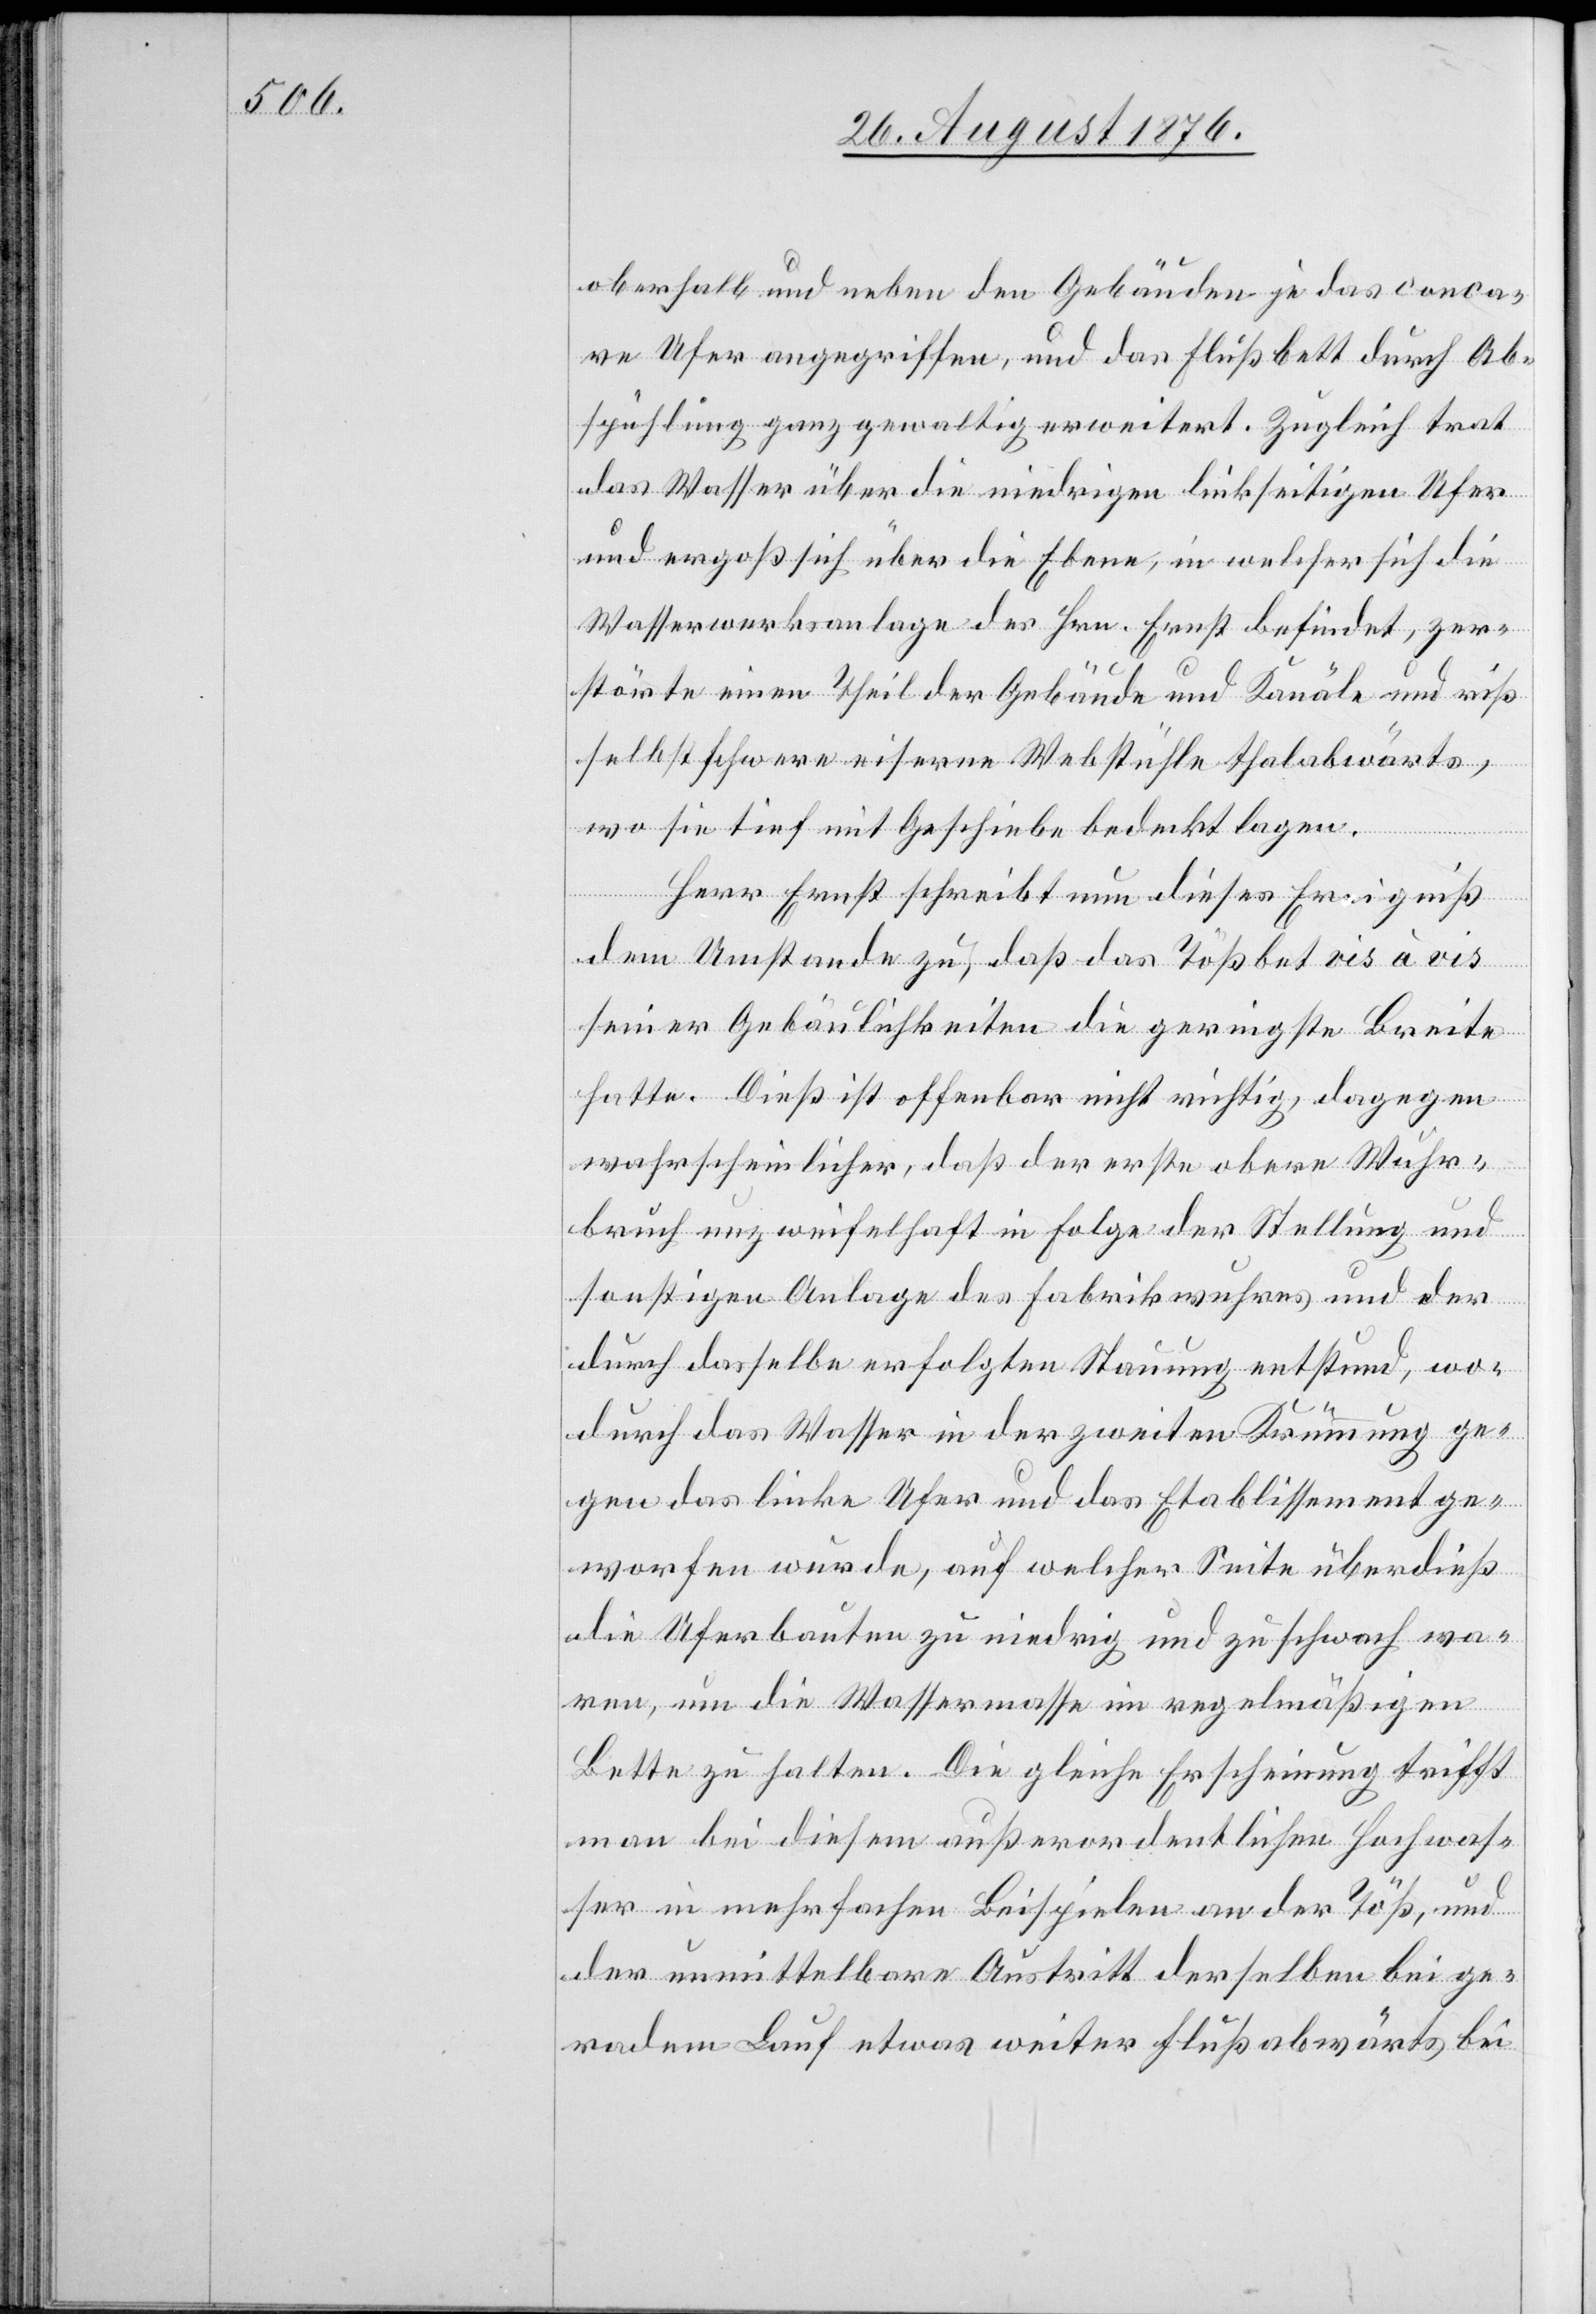
oberhalb und neben den Gebäuden je das conca¬
ve Ufer angegriffen, und das Flußbett durch Ab¬
spühlung ganz gewaltig erweitert. Zugleich trat
das Wasser über die niedrigen linkseitigen Ufer
und ergoß sich über die ebene, in welcher sich die
Wasserwerksanlage des Hrn. Ernst befindet, zer¬
störte einen Theil der Gebäude und Kanäle und riß
selbst schwere eiserne Webstühle thalabwärts,
wo sie tief mit Geschiebe bedeckt lagen.
Herr Ernst schreibt nun dieses Ereigniß
dem Umstande zu, daß das Tößbet [sic!] vis
seiner Gebäulichkeiten die geringste Breite
hatte. Dieß ist offenbar nicht richtig, dagegen
wahrscheinlicher, daß der erste obere Wuhr¬
bruch unzweifelhaft in Folge der Stellung und
sonstigen Anlage des Fabrikwuhres und der
durch dasselbe erfolgten Stauung entstand, wo¬
durch das Wasser in der zweiten Krümmung ge¬
gen das linke Ufer und das Etablissement ge¬
worfen wurde, auf welcher Seite überdieß
die Uferbauten zu niedrig und zu schwach wa¬
ren, um die Wassermasse im regelmäßigen
Bette zu halten. Die gleiche Erscheinung trifft
man bei diesem außerordentlichen Jochwas¬
ser in mehrfachen Beispielen an der Töß, und
der unmittelbare Austritt derselben bei ge¬
radem Lau etwas weiter Flußabwärts bei